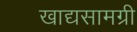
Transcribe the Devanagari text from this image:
खाद्यसामग्री